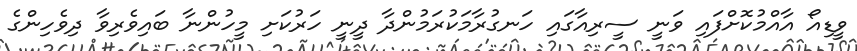
ވީޑިއޯ އާއްމުކޮށްފައި ވަނީ ސީރިއާގައި ހަނގުރާމަކުރަމުންދާ ދީނީ ހަރުކަށި މީހުންނާ ބައިވެރިވާ ދިވެހިންގެ